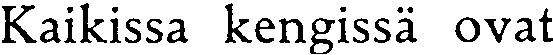
Kaikissa kengissä ovat